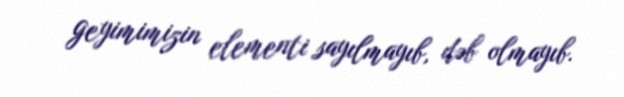
geyimimizin elementi sayılmayıb, dəb olmayıb.